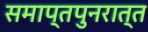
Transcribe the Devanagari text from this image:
समाप्तपुनरात्त